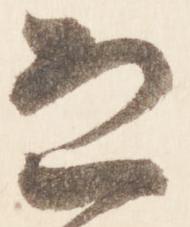
恐